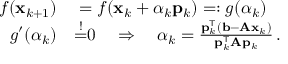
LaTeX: \begin{array} { r l } { f ( \mathbf { x } _ { k + 1 } ) } & { { } = f ( \mathbf { x } _ { k } + \alpha _ { k } \mathbf { p } _ { k } ) = : g ( \alpha _ { k } ) } \\ { g ^ { \prime } ( \alpha _ { k } ) } & { { } { \overset { ! } { = } } 0 \quad \Rightarrow \quad \alpha _ { k } = { \frac { \mathbf { p } _ { k } ^ { \mathsf { T } } ( \mathbf { b } - \mathbf { A x } _ { k } ) } { \mathbf { p } _ { k } ^ { \mathsf { T } } \mathbf { A } \mathbf { p } _ { k } } } \, . } \end{array}